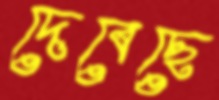
দেবেছে